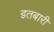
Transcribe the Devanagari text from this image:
इतबारी